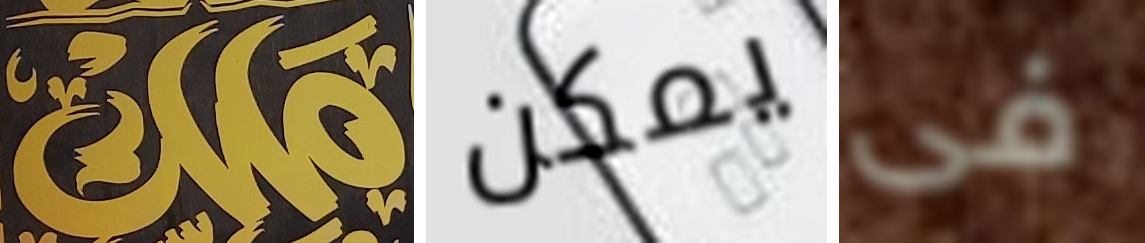
ملك يمكن فى